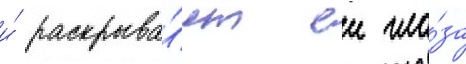
и́ раскрыва́ет еи гла́за